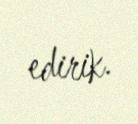
edirik.